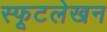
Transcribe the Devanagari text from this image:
स्फूटलेखन